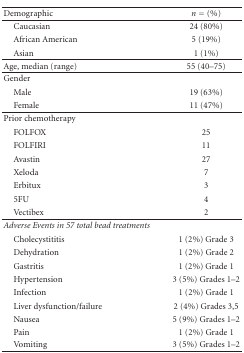
| Demographic | n = (%) |
 | --- | --- |
 | Caucasian | 24 (80%) |
 | African American | 5 (19%) |
 | Asian | 1 (1%) |
 | Age, median (range) | 55 (40–75) |
 | Gender |  |
 | Male | 19 (63%) |
 | Female | 11 (47%) |
 | Prior chemotherapy |  |
 | FOLFOX | 25 |
 | FOLFIRI | 11 |
 | Avastin | 27 |
 | Xeloda | 7 |
 | Erbitux | 3 |
 | 5FU | 4 |
 | Vectibex | 2 |
 | Adverse Events in 57 total bead treatments |  |
 | Cholecystititis | 1 (2%) Grade 3 |
 | Dehydration | 1 (2%) Grade 2 |
 | Gastritis | 1 (2%) Grade 1 |
 | Hypertension | 3 (5%) Grades 1–2 |
 | Infection | 1 (2%) Grade 1 |
 | Liver dysfunction/failure | 2 (4%) Grades 3,5 |
 | Nausea | 5 (9%) Grades 1–2 |
 | Pain | 1 (2%) Grade 1 |
 | Vomiting | 3 (5%) Grades 1–2 |